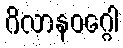
ဂိလာနဝဂ္ဂေါ